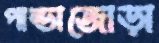
পান্ডাজোড়া